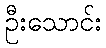
ဦးသောင်း